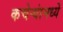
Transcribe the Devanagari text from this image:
कचेऱ्यांमध्ये